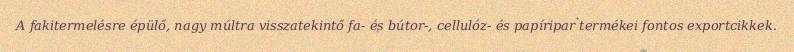
A fakitermelésre épülő, nagy múltra visszatekintő fa- és bútor-, cellulóz- és papíripar termékei fontos exportcikkek.